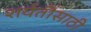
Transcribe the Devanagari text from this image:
शर्यतींसाठी